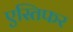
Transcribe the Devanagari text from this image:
एस्तिफर